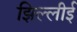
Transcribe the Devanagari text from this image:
झिल्लीई